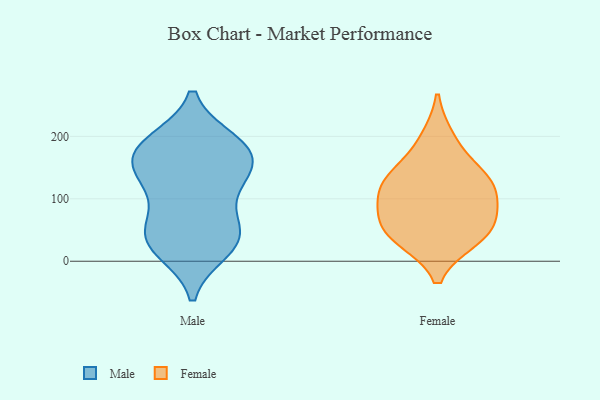
{"axis": {"x": "Energy Usage (MWh)", "y": "Value"}, "legend": ["Female", "Male"], "data": [{"x": "", "y": 186, "type": "Male"}, {"x": "", "y": 182, "type": "Male"}, {"x": "", "y": 18, "type": "Male"}, {"x": "", "y": 32, "type": "Male"}, {"x": "", "y": 191, "type": "Male"}, {"x": "", "y": 144, "type": "Male"}, {"x": "", "y": 60, "type": "Male"}, {"x": "", "y": 36, "type": "Male"}, {"x": "", "y": 171, "type": "Male"}, {"x": "", "y": 178, "type": "Male"}, {"x": "", "y": 60, "type": "Male"}, {"x": "", "y": 133, "type": "Male"}, {"x": "", "y": 138, "type": "Male"}, {"x": "", "y": 116, "type": "Male"}, {"x": "", "y": 28, "type": "Male"}, {"x": "", "y": 197, "type": "Female"}, {"x": "", "y": 54, "type": "Female"}, {"x": "", "y": 67, "type": "Female"}, {"x": "", "y": 135, "type": "Female"}, {"x": "", "y": 36, "type": "Female"}, {"x": "", "y": 87, "type": "Female"}, {"x": "", "y": 35, "type": "Female"}, {"x": "", "y": 112, "type": "Female"}, {"x": "", "y": 117, "type": "Female"}, {"x": "", "y": 144, "type": "Female"}]}